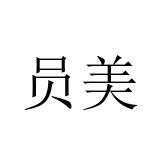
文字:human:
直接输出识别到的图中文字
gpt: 员美